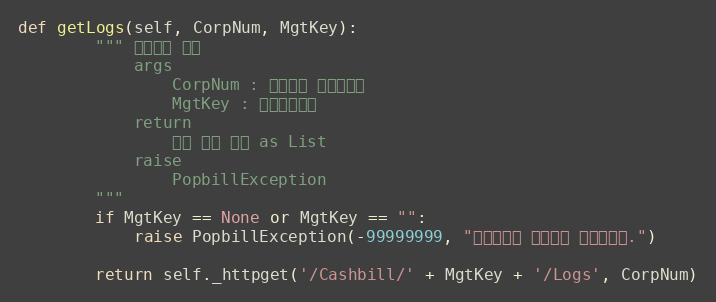
Language: Python
def getLogs(self, CorpNum, MgtKey):
        """ 문서이력 조회
            args
                CorpNum : 팝빌회원 사업자번호
                MgtKey : 문서관리번호
            return
                문서 이력 목록 as List
            raise
                PopbillException
        """
        if MgtKey == None or MgtKey == "":
            raise PopbillException(-99999999, "관리번호가 입력되지 않았습니다.")

        return self._httpget('/Cashbill/' + MgtKey + '/Logs', CorpNum)